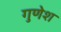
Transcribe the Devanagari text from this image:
गुणेश